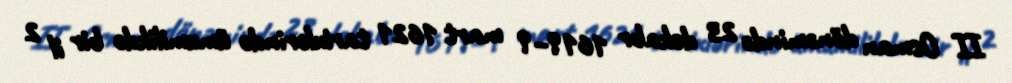
II Osman dönəmində 23 dekabr 1619–9 mart 1621 tarixlərində ümumilikdə bir il 2